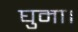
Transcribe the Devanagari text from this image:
घुमा।